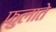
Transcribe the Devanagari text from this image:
फुलाते